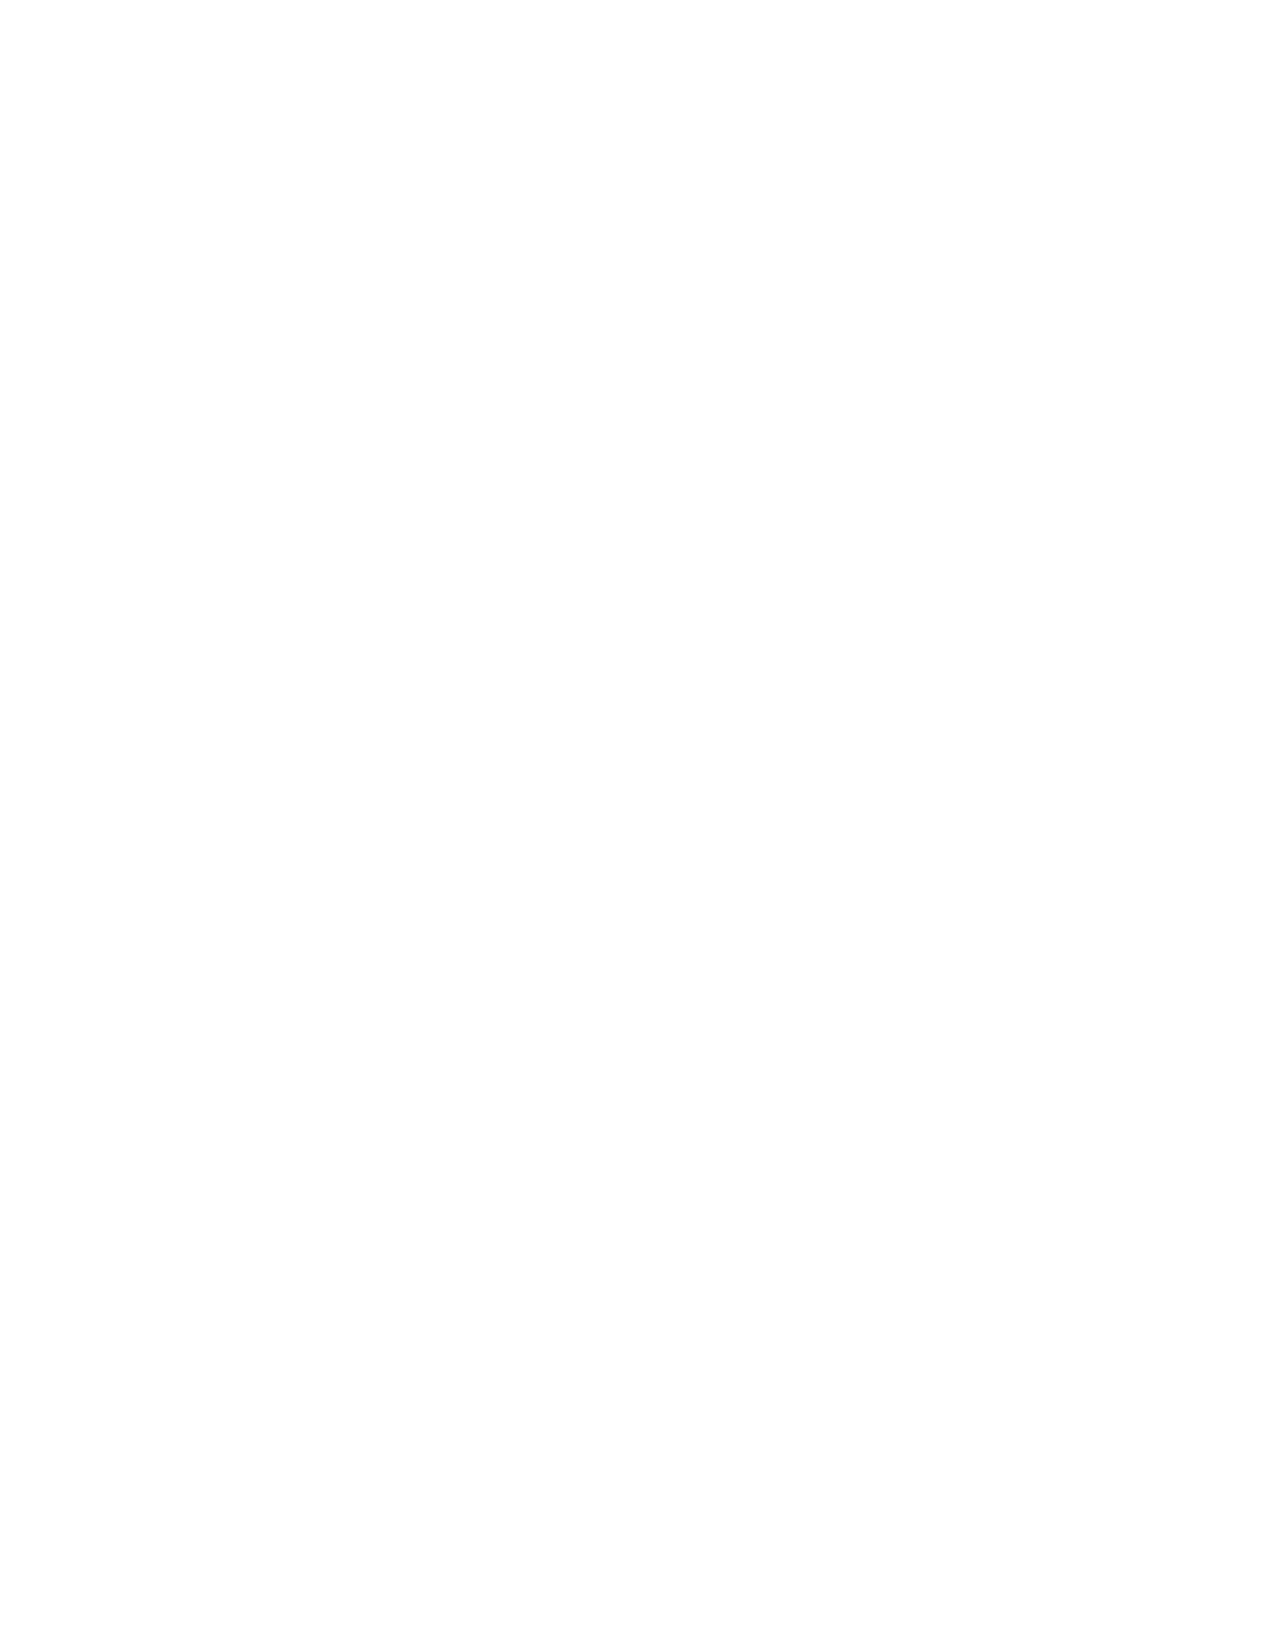
HBT-23     HDPE    Bread   Tray
 Features & Benefits
 • Drop front panel for better merchandising
 • 2:1 nesting ratio
 • Reinforced bottom grid and corners
 • Rigid double-wall constructed front and back
 walls
 • Ergonomically designed sturdy handles for easy
 handling
 • Smooth interior surfaces protect packaging
 • Designed for blind, overhead stacking
 • Four-way hand truck entry
 • Merchandise from front or rear
 • View product from all four sides
 • Material: FDA approved food grade polyethylene
 provides strength and durability needed for
 multiple applications
 Options
 • Colors: Choice of standard or optional non-
 heavy metal (NHM) or FDA approved colors
 • Decoration: Hot-stamp branded or molded-in
 logos
 • Tracking: Bar code labels or RFID tags available
 to integrate with Rehrig technology offering
 Specifications IN/LB CM/KG
 Overall Length (L) 27.73 70.44
 Overall Width (W) 23.04 58.52
 Overall Height (H) 6.00 15.24
 Interior Length 26.63 67.63
 Interior Width 21.63 54.94
 B1
 Product Clearance 4.95 12.57
 Nest Increment 2.65 6.73
 Stack Increment 5.45 13.84
 Weight         5.05 2.29
 53' Trailer Quantity 2,508
 Corporate Headquarters
 4010 East 26th St., Los Angeles, CA 90058
 (800) 421-6244 • (323) 262-5145
 WIDTH HEIGHT
 Branding Area  (IN) (IN)                              Locations
 Los Angeles, CA • Orlando, FL • Atlanta, GA • De Soto, KS
 Brand (B1)     5.25 2.38                              Erie, PA • Dallas, TX • Kenosha, WI • Querétaro, Qro., Mexico
 Web: www.rehrigpacific.com
 5088
 HBT-23HDPEBreadTray-REV A                              A FAMILY TRADITION OF GROWTH, SERVICE AND INNOVATION
 © 2017 Rehrig Pacific Company